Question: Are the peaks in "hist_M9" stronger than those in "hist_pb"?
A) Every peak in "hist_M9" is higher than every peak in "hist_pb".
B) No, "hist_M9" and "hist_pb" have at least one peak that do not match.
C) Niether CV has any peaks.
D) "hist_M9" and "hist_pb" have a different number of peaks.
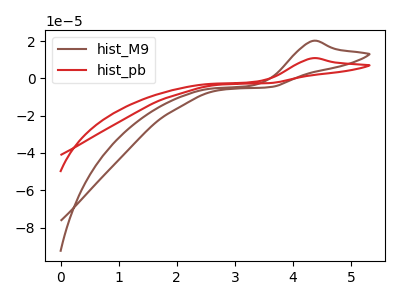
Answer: <think>The brown curve "hist_M9" has an anodic peak at: (4.35V, 20.05uA). The red curve "hist_pb" has an anodic peak at: (4.35V, 10.80uA).</think>
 <answer>A) Every peak in "hist_M9" is higher than every peak in "hist_pb".</answer>
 <eval>A</eval>